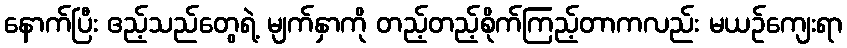
နောက်ပြီး ဧည့်သည်တွေရဲ့ မျက်နှာကို တည့်တည့်စိုက်ကြည့်တာကလည်း မယဉ်ကျေးရာ